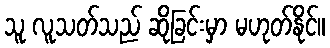
သူ လူသတ်သည် ဆိုခြင်းမှာ မဟုတ်နိုင်။